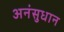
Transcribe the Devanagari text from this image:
अनंसुधान